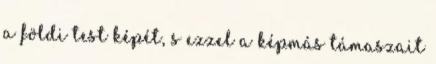
a földi test képét, s ezzel a képmás támaszait